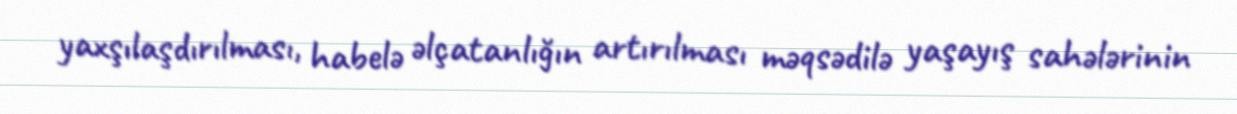
yaxşılaşdırılması, habelə əlçatanlığın artırılması məqsədilə yaşayış sahələrinin